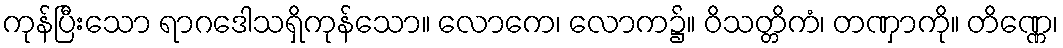
ကုန်ပြီးသော ရာဂဒေါသရှိကုန်သော။ လောကေ၊ လောက၌။ ဝိသတ္တိကံ၊ တဏှာကို။ တိဏ္ဏေ၊